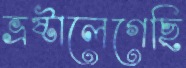
ভ্রষ্টালেগেছি